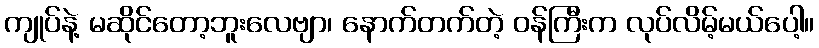
ကျုပ်နဲ့ မဆိုင်တော့ဘူးလေဗျာ၊ နောက်တက်တဲ့ ဝန်ကြီးက လုပ်လိမ့်မယ်ပေါ့။